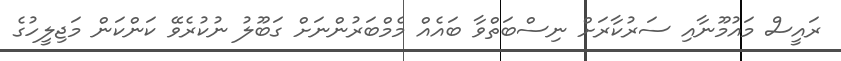
ރައީސް މައުމޫނާއި ސަރުކާރަށް ނިސްބަތްވާ ބައެއް މެމްބަރުންނަށް ގަބޫލު ނުކުރެވޭ ކަންކަން މަޖިލީހުގެ